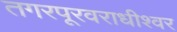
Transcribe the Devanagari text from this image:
तगरपूरवराधीश्वर